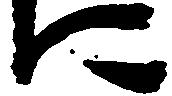
に